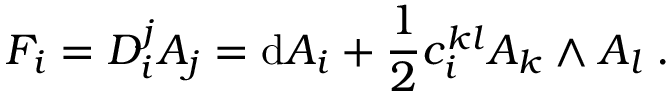
F _ { i } = D _ { i } ^ { j } A _ { j } = \mathrm { d } A _ { i } + \frac { 1 } { 2 } c _ { i } ^ { k l } A _ { k } \wedge A _ { l } \; .